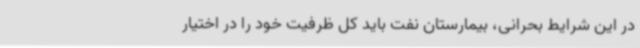
در این شرایط بحرانی، بیمارستان نفت باید کل ظرفیت خود را در اختیار